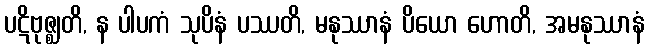
ပဋိဗုဇ္ဈတိ, န ပါပကံ သုပိနံ ပဿတိ, မနုဿာနံ ပိယော ဟောတိ, အမနုဿာနံ